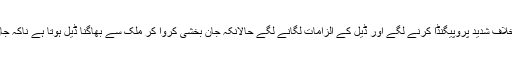
وہ اور اُن کے حواری بی بی کے خلاف شدید پروپیگنڈا کرنے لگے اور ڈیل کے الزامات لگانے لگے حالانکہ جان بخشی کروا کر ملک سے بھاگنا ڈیل ہوتا ہے ناکہ جان ہتھیلی پر رکھ کر وطن واپس آنا۔